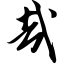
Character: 哉